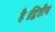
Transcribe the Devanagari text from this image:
है।द्वितीय